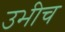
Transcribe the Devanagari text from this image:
उभीच